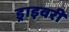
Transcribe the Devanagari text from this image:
ड्राइवरी